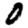
Digit: 0